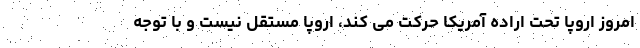
امروز اروپا تحت اراده آمریکا حرکت می کند، اروپا مستقل نیست و با توجه